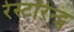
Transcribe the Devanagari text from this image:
रेस्टॉरेन्ट्स